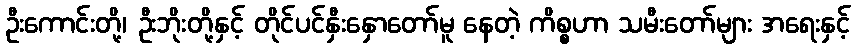
ဦးကောင်းတို့၊ ဦးဘိုးတို့နှင့် တိုင်ပင်နှီးနှောတော်မူ နေတဲ့ ကိစ္စဟာ သမီးတော်များ အရေးနှင့်